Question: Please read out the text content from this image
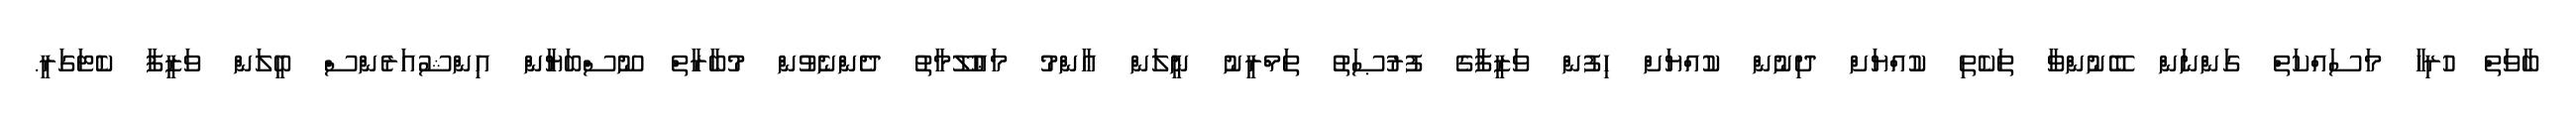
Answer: ބާވަތް ހުރިހާ މަސައްކަތް ގަންނަން ބޭނުންވާ ތަކެތި ކުއްޔަށް ދިނުން ކުއްޔަށް ހިފުން ވަޒީފާގެ ފުރުޞަތު ތަމްރީނު ނީލަން ޢާންމު މަޢުލޫމާތު ދެންނެވުން މުބާރާތް ނޫސްބަޔާން އިންޝުއަރެންސް ބީލަން ވަޒީފާ ކެޓަގަރީ.